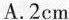
A.2cm